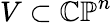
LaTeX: V\subset\mathbb{CP}^{n}